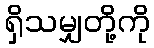
ရှိသမျှတို့ကို